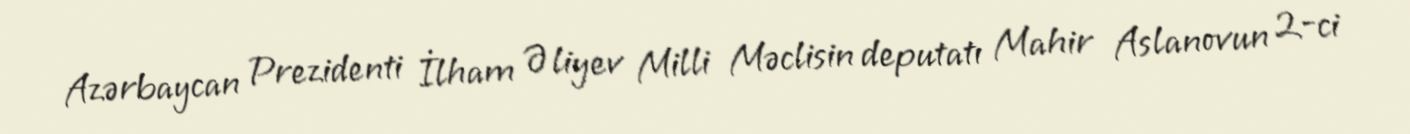
Azərbaycan Prezidenti İlham Əliyev Milli Məclisin deputatı Mahir Aslanovun 2-ci